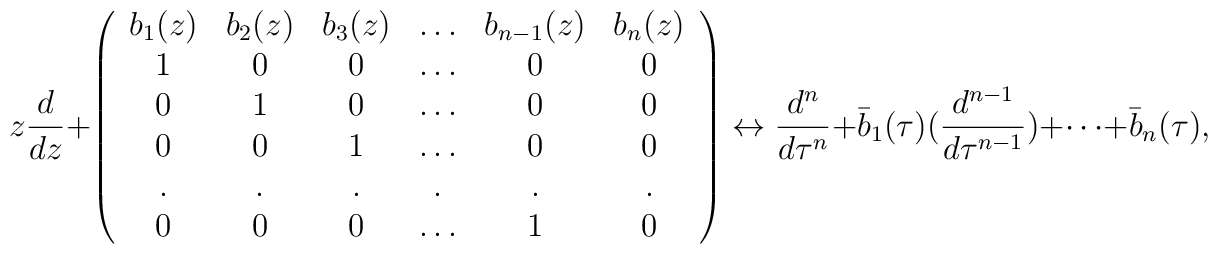
z\frac{d}{dz}+\left( \begin{array}{cccccc}b_{1}(z)&b_{2}(z)&b_{3}(z)&\ldots&b_{n-1}(z)&b_{n}(z)\\1&0&0&\ldots&0&0\\0&1&0&\ldots&0&0\\0&0&1&\ldots&0&0\\.&.&.&.&.&.\\0&0&0&\ldots&1&0 \end{array}\right)\leftrightarrow \frac{d^n}{d\tau^n}+\bar{b}_{1}(\tau)(\frac{d^{n-1}}{d\tau^{n-1}})+\cdots+\bar{b}_{n}(\tau),